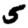
Digit: 5